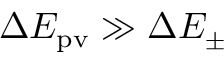
\Delta E _ { \mathrm { { p v } } } \gg \Delta E _ { \pm }